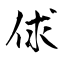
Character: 俅